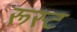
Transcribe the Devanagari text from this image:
रूस्ट